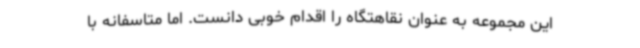
این مجموعه به عنوان نقاهتگاه را اقدام خوبی دانست. اما متاسفانه با